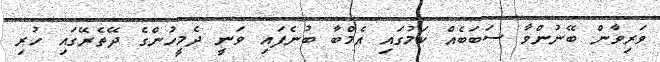
ވަރިވާން ބޭނުންވާ ސަބަބެއް ކަމުގައި އެމްބާ ބުނެފައި ވަނީ ދެމީހުންގެ ދޭތެރޭގައި ހުރި